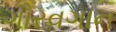
ગૌરવગાન